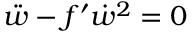
\ddot { w } - f ^ { \prime } \dot { w } ^ { 2 } = 0